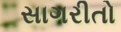
સાગરીતો